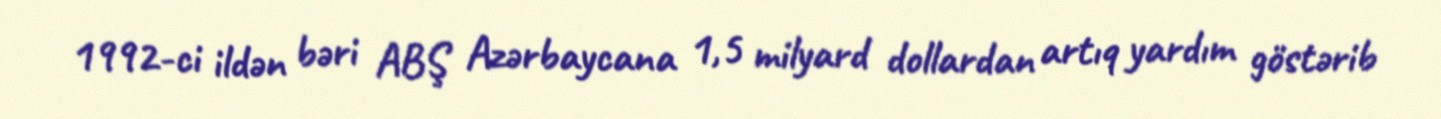
1992-ci ildən bəri ABŞ Azərbaycana 1,5 milyard dollardan artıq yardım göstərib